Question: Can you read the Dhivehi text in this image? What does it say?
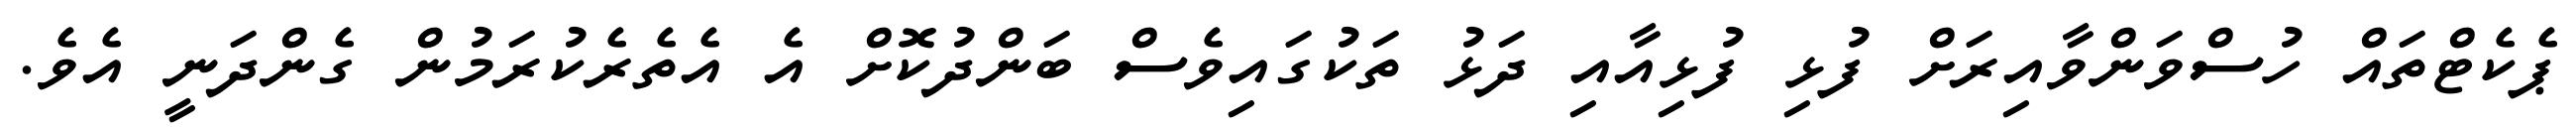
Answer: ޕެކެޓްތައް ހުސްވަންވާއިރަށް ފުޅި ފުޅިއާއި ދަޅު ތަކުގައިވެސް ބަންދުކޮށް އެ އެތެރެކުރަމުން ގެންދަނީ އެވެ.